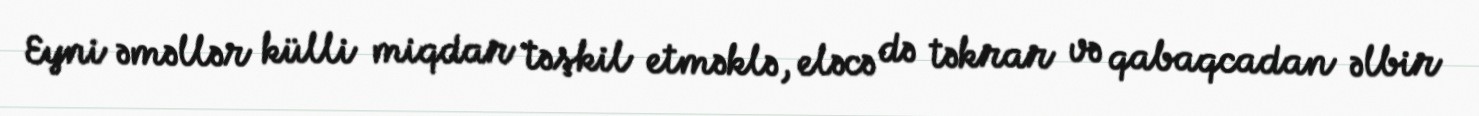
Eyni əməllər külli miqdar təşkil etməklə, eləcə də təkrar və qabaqcadan əlbir